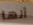
أنها